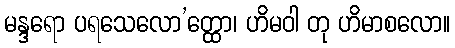
မန္ဒရော ပရသေလော’တ္ထော၊ ဟိမဝါ တု ဟိမာစလော။